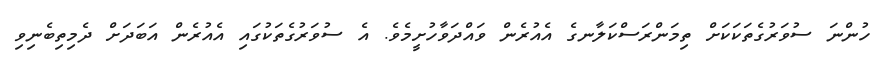
ހުންނަ ސުވަރުގެތަކަކަށް ތިމަންރަސްކަލާނގެ އެއުރެން ވައްދަވާހުށީމެވެ. އެ ސުވަރުގެތަކުގައި އެއުރެން އަބަދަށް ދެމިތިބެނިވި